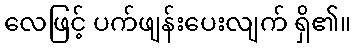
လေဖြင့် ပက်ဖျန်းပေးလျက် ရှိ၏။